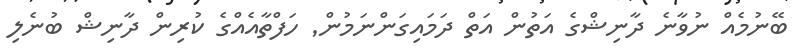
ބޭނުމެއް ނުވާނެ ދާނިޝްގެ އަތުން އަތް ދަމައިގަންނަމުން